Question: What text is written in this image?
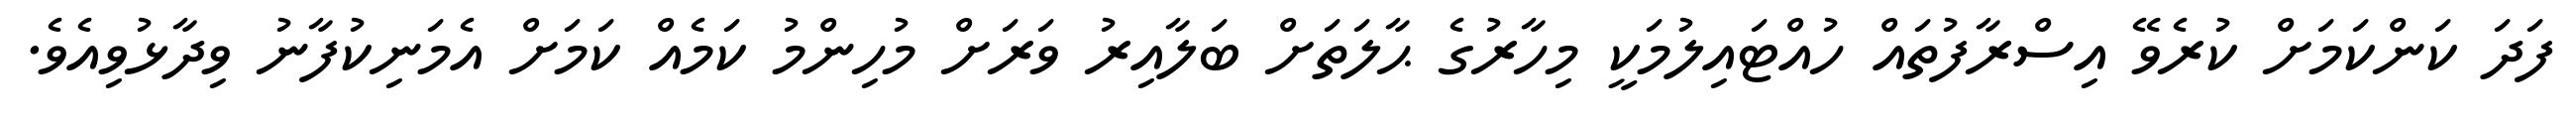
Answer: ފަދަ ކަންކަމަށް ކުރެވޭ އިސްރާފުތައް ހުއްޓައިލުމަކީ މިހާރުގެ ޙާލަތަށް ބަލާއިރު ވަރަށް މުހިންމު ކަމެއް ކަމަށް އެމަނިކުފާނު ވިދާޅުވިއެވެ.